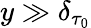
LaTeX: y\gg\delta_{\tau_{0}}